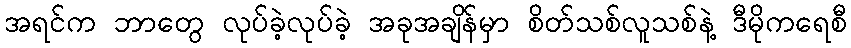
အရင်က ဘာတွေ လုပ်ခဲ့လုပ်ခဲ့ အခုအချိန်မှာ စိတ်သစ်လူသစ်နဲ့ ဒီမိုကရေစီ